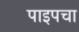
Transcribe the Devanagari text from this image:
पाइपचा